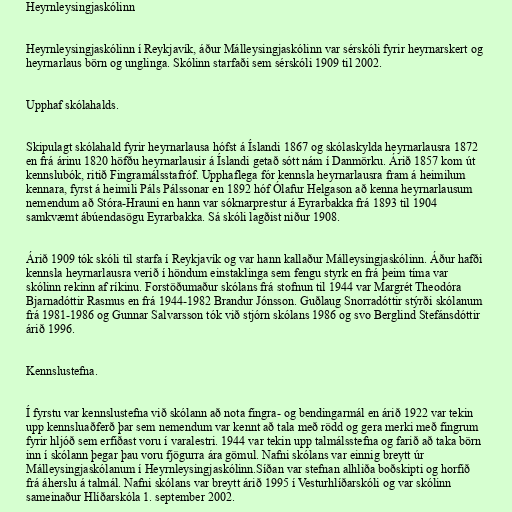
Heyrnleysingjaskólinn

Heyrnleysingjaskólinn í Reykjavík, áður Málleysingjaskólinn var sérskóli fyrir heyrnarskert og
heyrnarlaus börn og unglinga. Skólinn starfaði sem sérskóli 1909 til 2002.

Upphaf skólahalds.

Skipulagt skólahald fyrir heyrnarlausa hófst á Íslandi 1867 og skólaskylda heyrnarlausra 1872
en frá árinu 1820 höfðu heyrnarlausir á Íslandi getað sótt nám í Danmörku. Árið 1857 kom út
kennslubók, ritið Fingramálsstafróf. Upphaflega fór kennsla heyrnarlausra fram á heimilum
kennara, fyrst á heimili Páls Pálssonar en 1892 hóf Ólafur Helgason að kenna heyrnarlausum
nemendum að Stóra-Hrauni en hann var sóknarprestur á Eyrarbakka frá 1893 til 1904
samkvæmt ábúendasögu Eyrarbakka. Sá skóli lagðist niður 1908.

Árið 1909 tók skóli til starfa í Reykjavík og var hann kallaður Málleysingjaskólinn. Áður hafði
kennsla heyrnarlausra verið í höndum einstaklinga sem fengu styrk en frá þeim tíma var
skólinn rekinn af ríkinu. Forstöðumaður skólans frá stofnun til 1944 var Margrét Theodóra
Bjarnadóttir Rasmus en frá 1944-1982 Brandur Jónsson. Guðlaug Snorradóttir stýrði skólanum
frá 1981-1986 og Gunnar Salvarsson tók við stjórn skólans 1986 og svo Berglind Stefánsdóttir
árið 1996.

Kennslustefna.

Í fyrstu var kennslustefna við skólann að nota fingra- og bendingarmál en árið 1922 var tekin
upp kennsluaðferð þar sem nemendum var kennt að tala með rödd og gera merki með fingrum
fyrir hljóð sem erfiðast voru í varalestri. 1944 var tekin upp talmálsstefna og farið að taka börn
inn í skólann þegar þau voru fjögurra ára gömul. Nafni skólans var einnig breytt úr
Málleysingjaskólanum í Heyrnleysingjaskólinn.Síðan var stefnan alhliða boðskipti og horfið
frá áherslu á talmál. Nafni skólans var breytt árið 1995 í Vesturhlíðarskóli og var skólinn
sameinaður Hlíðarskóla 1. september 2002.